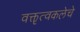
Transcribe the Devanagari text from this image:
वक्तृत्वकलेचे